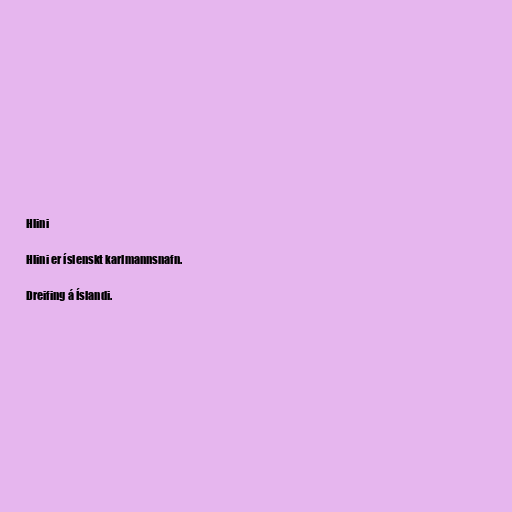
Hlini

Hlini er íslenskt karlmannsnafn.

Dreifing á Íslandi.